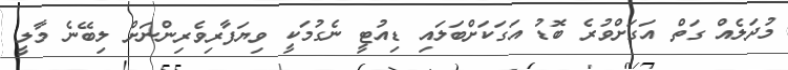
މުދަލެއް ގަތް އަގަށްވުރެ ބޮޑު އަގަކަށްބަލައި ޑިއުޓީ ނެގުމަކީ ވިޔަފާރިވެރިންނަށް ލިބޭނެ މާލީ